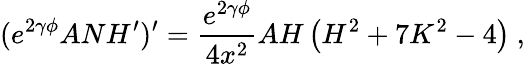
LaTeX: (e^{2\gamma\phi}ANH^{\prime})^{\prime}=\frac{e^{2\gamma\phi}}{4x^{2}}AH\left(H^{2}+7K^{2}-4\right)\ ,